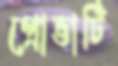
প্রোভার্টি